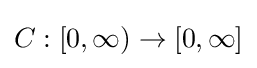
C:[0,\infty )\to [0,\infty ]